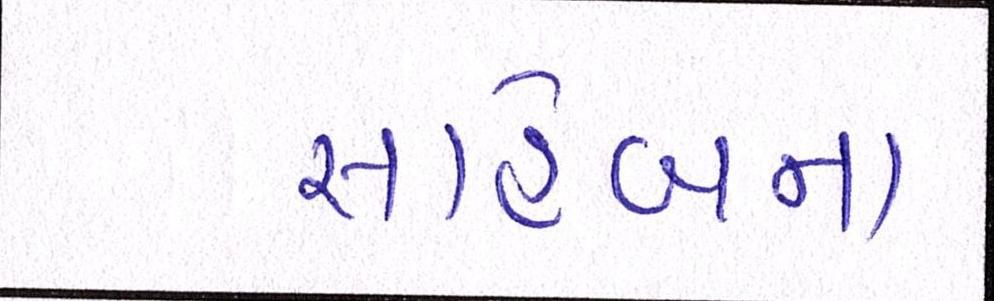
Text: સાહેબના